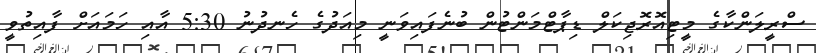
ސްރީލަންކާގެ މީޓިއޮރޮޖިކަލް ޑިޕާޓްމަންޓުން ބުނެފައިވަނީ މިއަދުގެ ހެނދުނު 5:30 އާއި ހަމައަށް ފާއިތުވީ